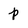
Character: p